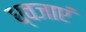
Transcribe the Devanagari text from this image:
ध्वजाएं